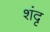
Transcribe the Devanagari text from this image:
शंदृ